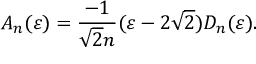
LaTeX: A _ { n } ( \varepsilon ) = \frac { - 1 } { \sqrt { 2 } n } ( \varepsilon - 2 \sqrt { 2 } ) D _ { n } ( \varepsilon ) .